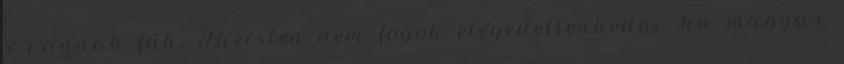
s vannak fák. Bizisten nem fogok elégedetlenkedni, ha magyar